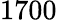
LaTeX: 1700